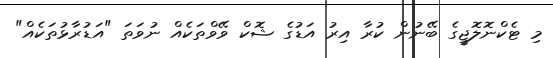
މި ޓެކްނޮލޮޖީގެ ބޭނުން ކުރާ އިރު އަޑުގެ ޝޮކް ވޭވްތަކެއް ނުވަތަ "އަޑުރާޅުތަކެއް"